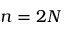
n = 2 N